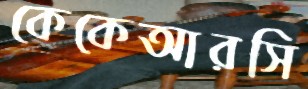
কেকেআরসি